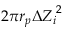
2 \pi r _ { p } { \Delta Z _ { i } } ^ { 2 }